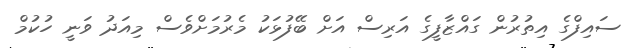
ސައިފްގެ އިތުރުން ގައްޒާފީގެ އަރިސް އަށް ބޭފުޅަކު މެރުމަށްވެސް މިއަދު ވަނީ ހުކުމް